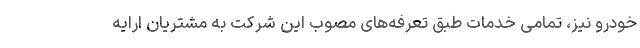
خودرو نیز، تمامی خدمات طبق تعرفه‌های مصوب این شرکت به مشتریان ارایه